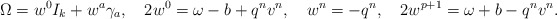
\begin{align*}{\Omega}= w^0 I_k+w^a \gamma_a, \quad2w^0 =\omega-b+q^nv^n,\quad w^n=-q^n,\quad 2w^{p+1}=\omega+b-q^nv^n.\end{align*}